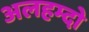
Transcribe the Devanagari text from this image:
अलहम्दो